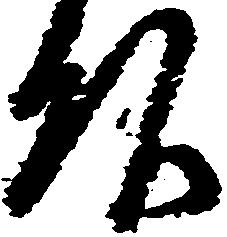
頭